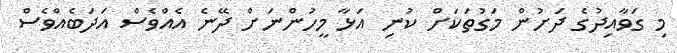
މި ގަވާއިދުގެ ދަށުން މަގުތަކަށް ކުނި އަޅާ މީހުންނަށް ދޭނެެ އެއްވެސް އަދަބެއްވެސް